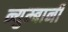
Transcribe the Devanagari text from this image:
न्युम्बानी